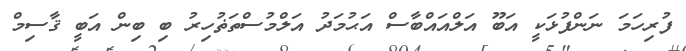
ފުރިހަމަ ނަންފުޅަކީ އަބޫ އަލްއައްބާސް އަޙުމަދު އަލްމުސްތަޡުހިރު ބި ބިން އަބީ ޤާސިމް